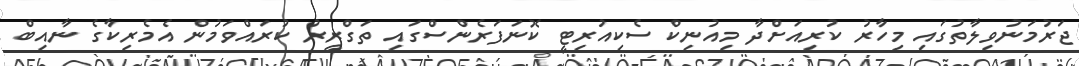
ޖަރުމަނުވިލާތުގައި މިހާރު ކުރިއަށްދާ މިއުނިކް ސެކިއުރިޓީ ކޮނަފަރެންސްގައި ތަގްރީރު ކުރައްވަމުން އެމެރިކާގެ ނާއިބް